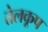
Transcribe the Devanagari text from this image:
तेलकूप